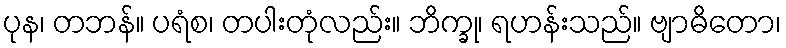
ပုန၊ တဘန်။ ပရံစ၊ တပါးတုံလည်း။ ဘိက္ခု၊ ရဟန်းသည်။ ဗျာဓိတော၊